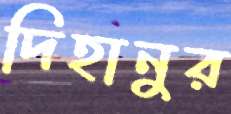
দিহানুর